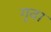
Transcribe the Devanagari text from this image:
गृवा